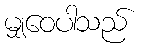
မျှဝေပါသည်